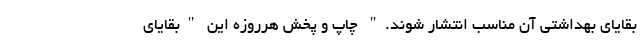
بقایای بهداشتی آن مناسب انتشار شوند." چاپ و پخش هرروزه این "بقایای